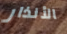
الأنذار